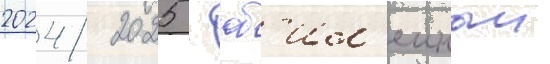
2024/ 2025 - юб'ил'еиныи